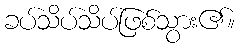
ခပ်သိပ်သိပ်ဖြစ်သွား၏။